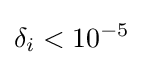
\delta _{i}<10^{-5}